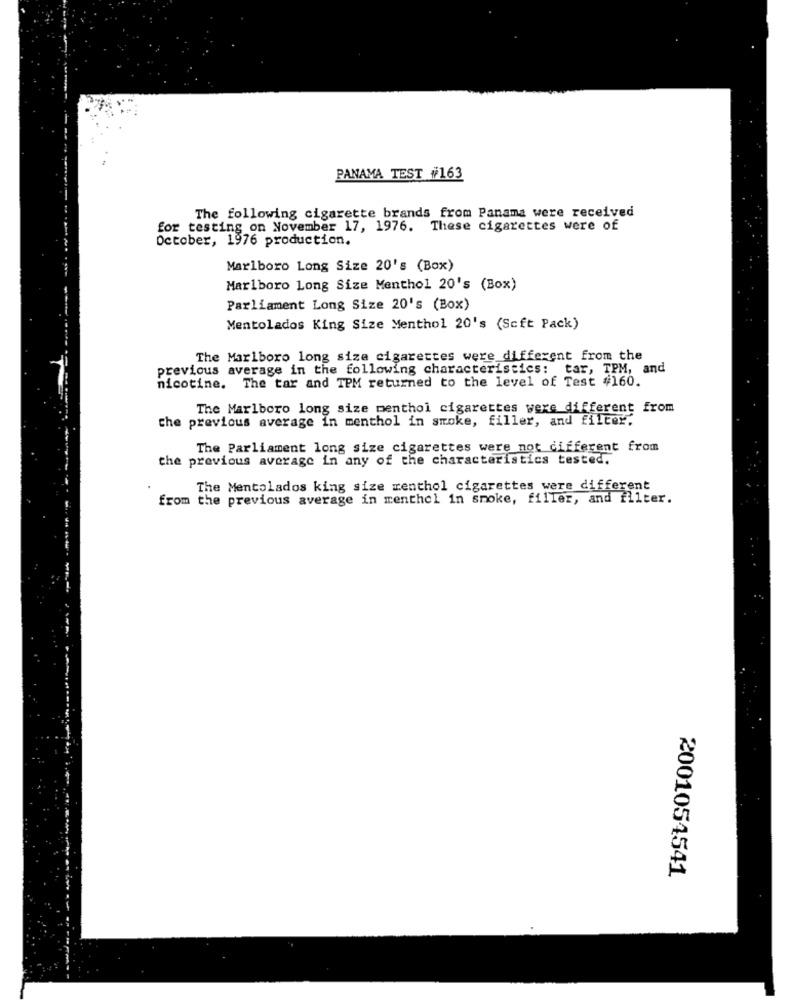
PANAMA TEST #163
The following cigarette brands from Panama were received
for testing on November 17, 1976. These cigarettes were of
October, 1976 production.
Marlboro Long Size 20's (Box)
Marlboro Long Size Menthol 20's (Box)
Parliament Long Size 20's (Box)
Mentolados King Size Menthol 20's (Soft Pack)
The Marlboro long size cigarettes were different from the
previous average in the following characteristics: tar, TPM, and
nicotine. The tar and TPM returned to the level of Test #160.
The Marlboro long size menthol cigarettes were different from
che previous average in menthol in smoke, filler, and filter.
The Parliament long size cigarettes were not different from
the previous average in any of the characteristics tested.
The Mentolados king size menthol cigarettes were different
from the previous average in menthol in smoke, filler, and filter.
2001054541